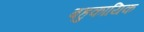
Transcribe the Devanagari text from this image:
बहुकायिक